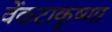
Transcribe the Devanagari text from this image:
वेंकटाकृष्णा